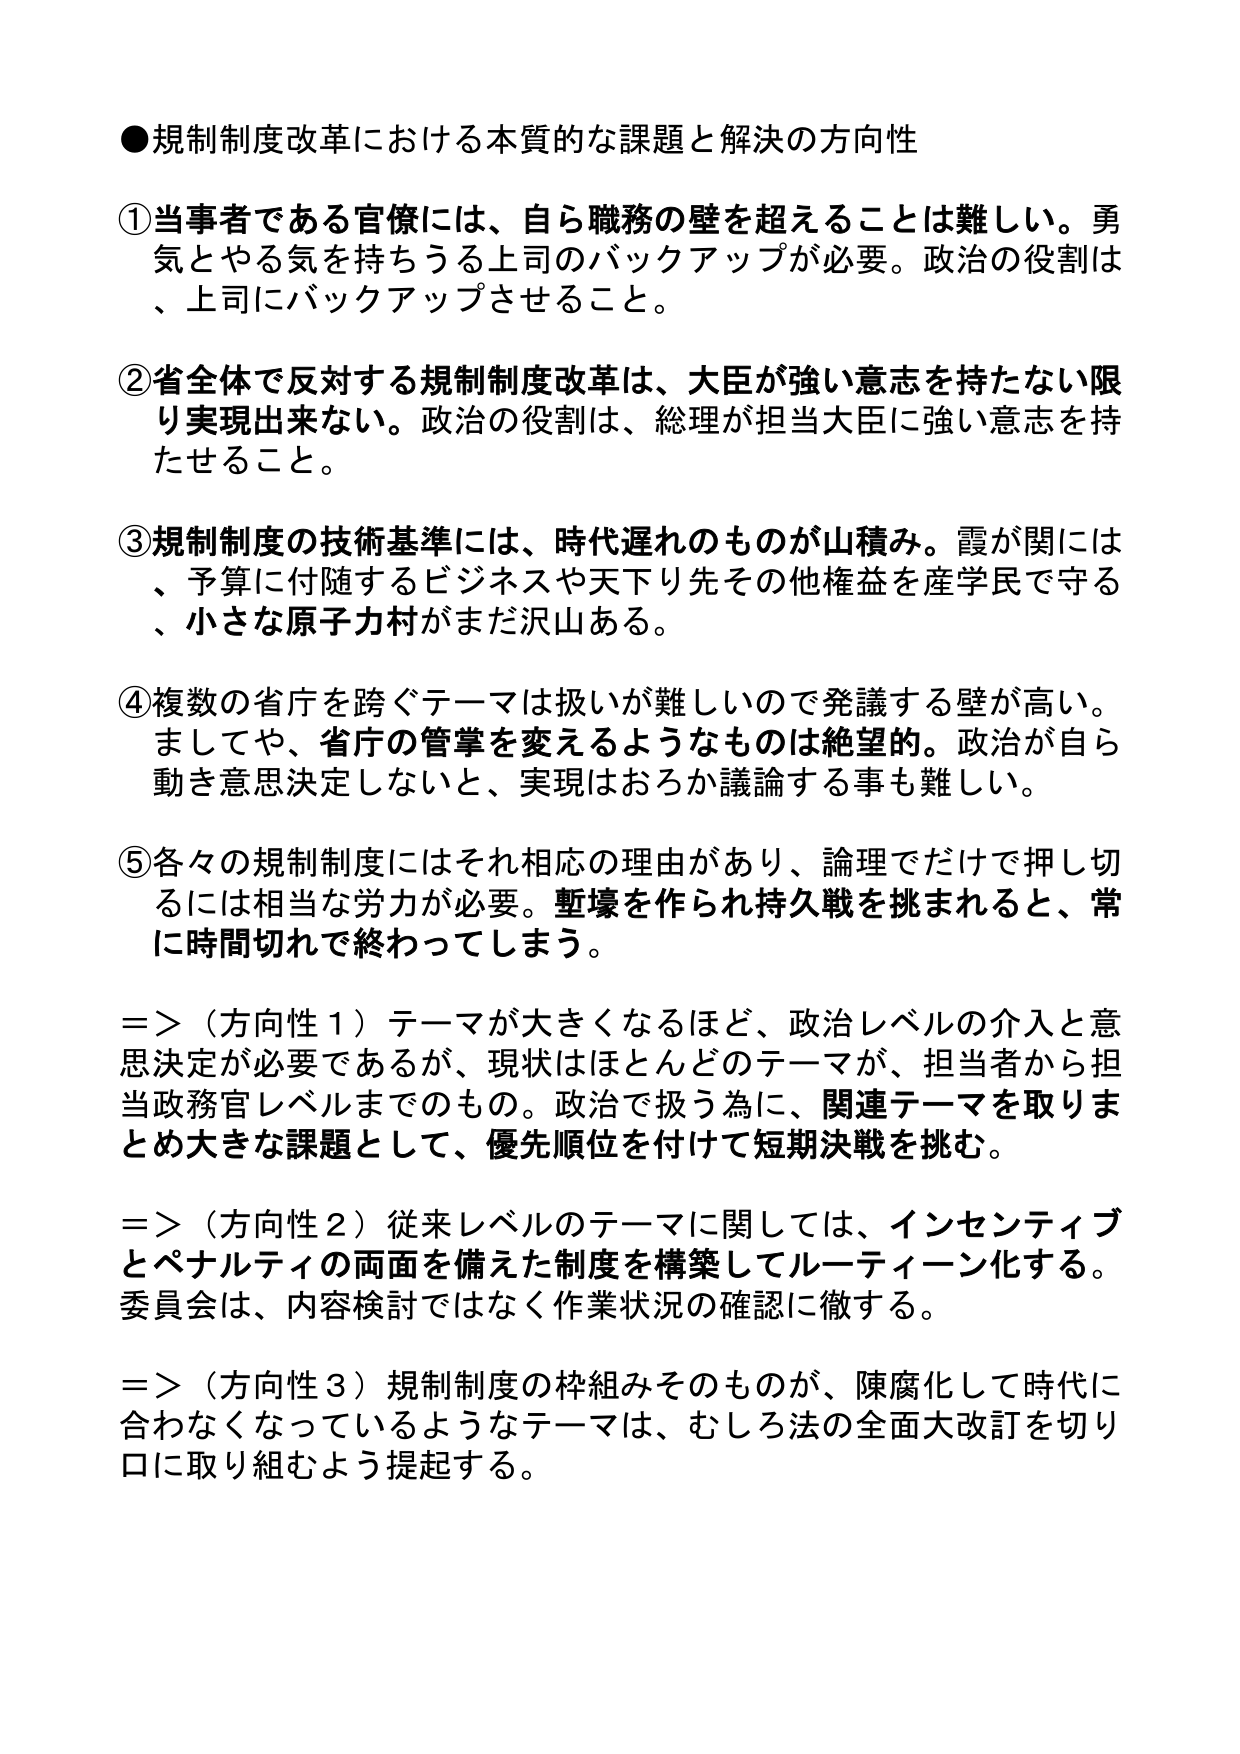
●規制制度改革における本質的な課題と解決の方向性

①当事者である官僚には、自ら職務の壁を超えることは難しい。勇気とやる気を持ちうる上司のバックアップが必要。政治の役割は、上司にバックアップさせること。

②省全体で反対する規制制度改革は、大臣が強い意志を持たない限り実現出来ない。政治の役割は、総理が担当大臣に強い意志を持たせること。

③規制制度の技術基準には、時代遅れのものが山積み。霞が関には、予算に付随するビジネスや天下り先その他権益を産学民で守る、小さな原子力村がまだ沢山ある。

④複数の省庁を跨ぐテーマは扱いが難しいので発議する壁が高い。ましてや、省庁の管掌を変えるようなものは絶望的。政治が自ら動き意思決定しないと、実現はおろか議論する事も難しい。

⑤各々の規制制度にはそれ相応の理由があり、論理でだけで押し切るには相当な労力が必要。塹壕を作られ持久戦を挑まれると、常に時間切れで終わってしまう。

=>（方向性１）テーマが大きくなるほど、政治レベルの介入と意思決定が必要であるが、現状はほとんどのテーマが、担当者から担当政務官レベルまでのもの。政治で扱う為に、関連テーマを取りまとめ大きな課題として、優先順位を付けて短期決戦を挑む。

=>（方向性２）従来レベルのテーマに関しては、インセンティブとペナルティの両面を備えた制度を構築してルーティーン化する。委員会は、内容検討ではなく作業状況の確認に徹する。

=>（方向性３）規制制度の枠組みそのものが、陳腐化して時代に合わなくなっているようなテーマは、むしろ法の全面大改訂を切り口に取り組むよう提起する。